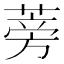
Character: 蒡